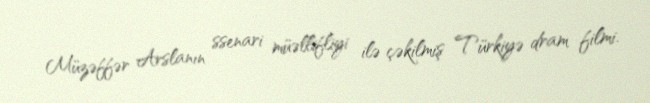
Müzəffər Arslanın ssenari müəllifliyi ilə çəkilmiş Türkiyə dram filmi.